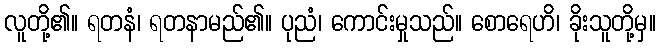
လူတို့၏။ ရတနံ၊ ရတနာမည်၏။ ပုညံ၊ ကောင်းမှုသည်။ စောရေဟိ၊ ခိုးသူတို့မှ။